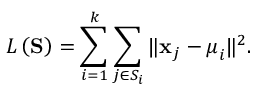
L \left( \mathbf { S } \right) = \sum _ { i = 1 } ^ { k } \sum _ { j \in S _ { i } } \| \mathbf { x } _ { j } - \boldsymbol { \mu } _ { i } \| ^ { 2 } .